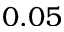
0 . 0 5